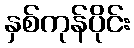
နှစ်ကုန်ပိုင်း